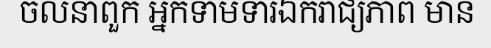
ចលនាពួក អ្នកទាមទារឯករាជ្យភាព មាន